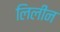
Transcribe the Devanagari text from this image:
लिलीन